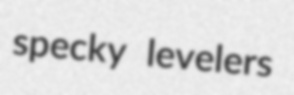
specky levelers